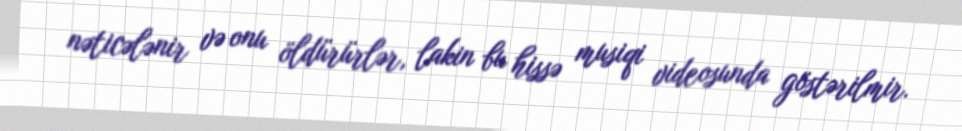
nəticələnir və onu öldürürlər, lakin bu hissə musiqi videosunda göstərilmir.